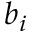
b _ { i }